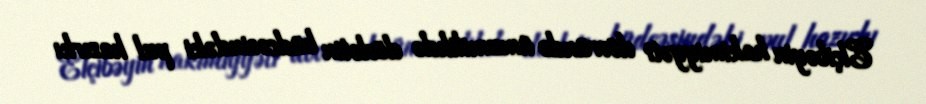
Elçibəyin hakimiyyəti dövründə ümumilikdə dövlətin büdcəsindəki pul hazırkı